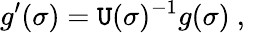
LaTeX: g^{\prime}(\sigma)=\mathtt{U}(\sigma)^{-1}g(\sigma)~,~~